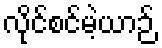
လိုင်စင်မဲ့ယာဉ်